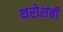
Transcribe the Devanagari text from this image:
थरोशंबी